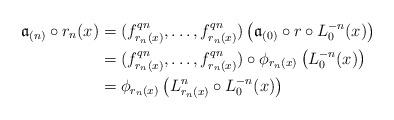
LaTeX: \begin{align*}\mathfrak{a}_{(n)}\circ r_n(x) & =(f_{r_n(x)}^{qn},\ldots,f_{r_n(x)}^{qn})\left(\mathfrak{a}_{(0)}\circ r\circ L^{-n}_0(x)\right)\\& = (f_{r_n(x)}^{qn},\ldots,f_{r_n(x)}^{qn})\circ \phi_{r_n(x)}\left(L^{-n}_0(x)\right)\\& = \phi_{r_n(x)}\left(L^n_{r_n(x)}\circ L^{-n}_0(x)\right)\end{align*}